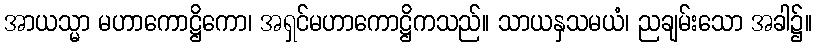
အာယသ္မာ မဟာကောဋ္ဌိကော၊ အရှင်မဟာကောဋ္ဌိကသည်။ သာယနှသမယံ၊ ညချမ်းသော အခါ၌။